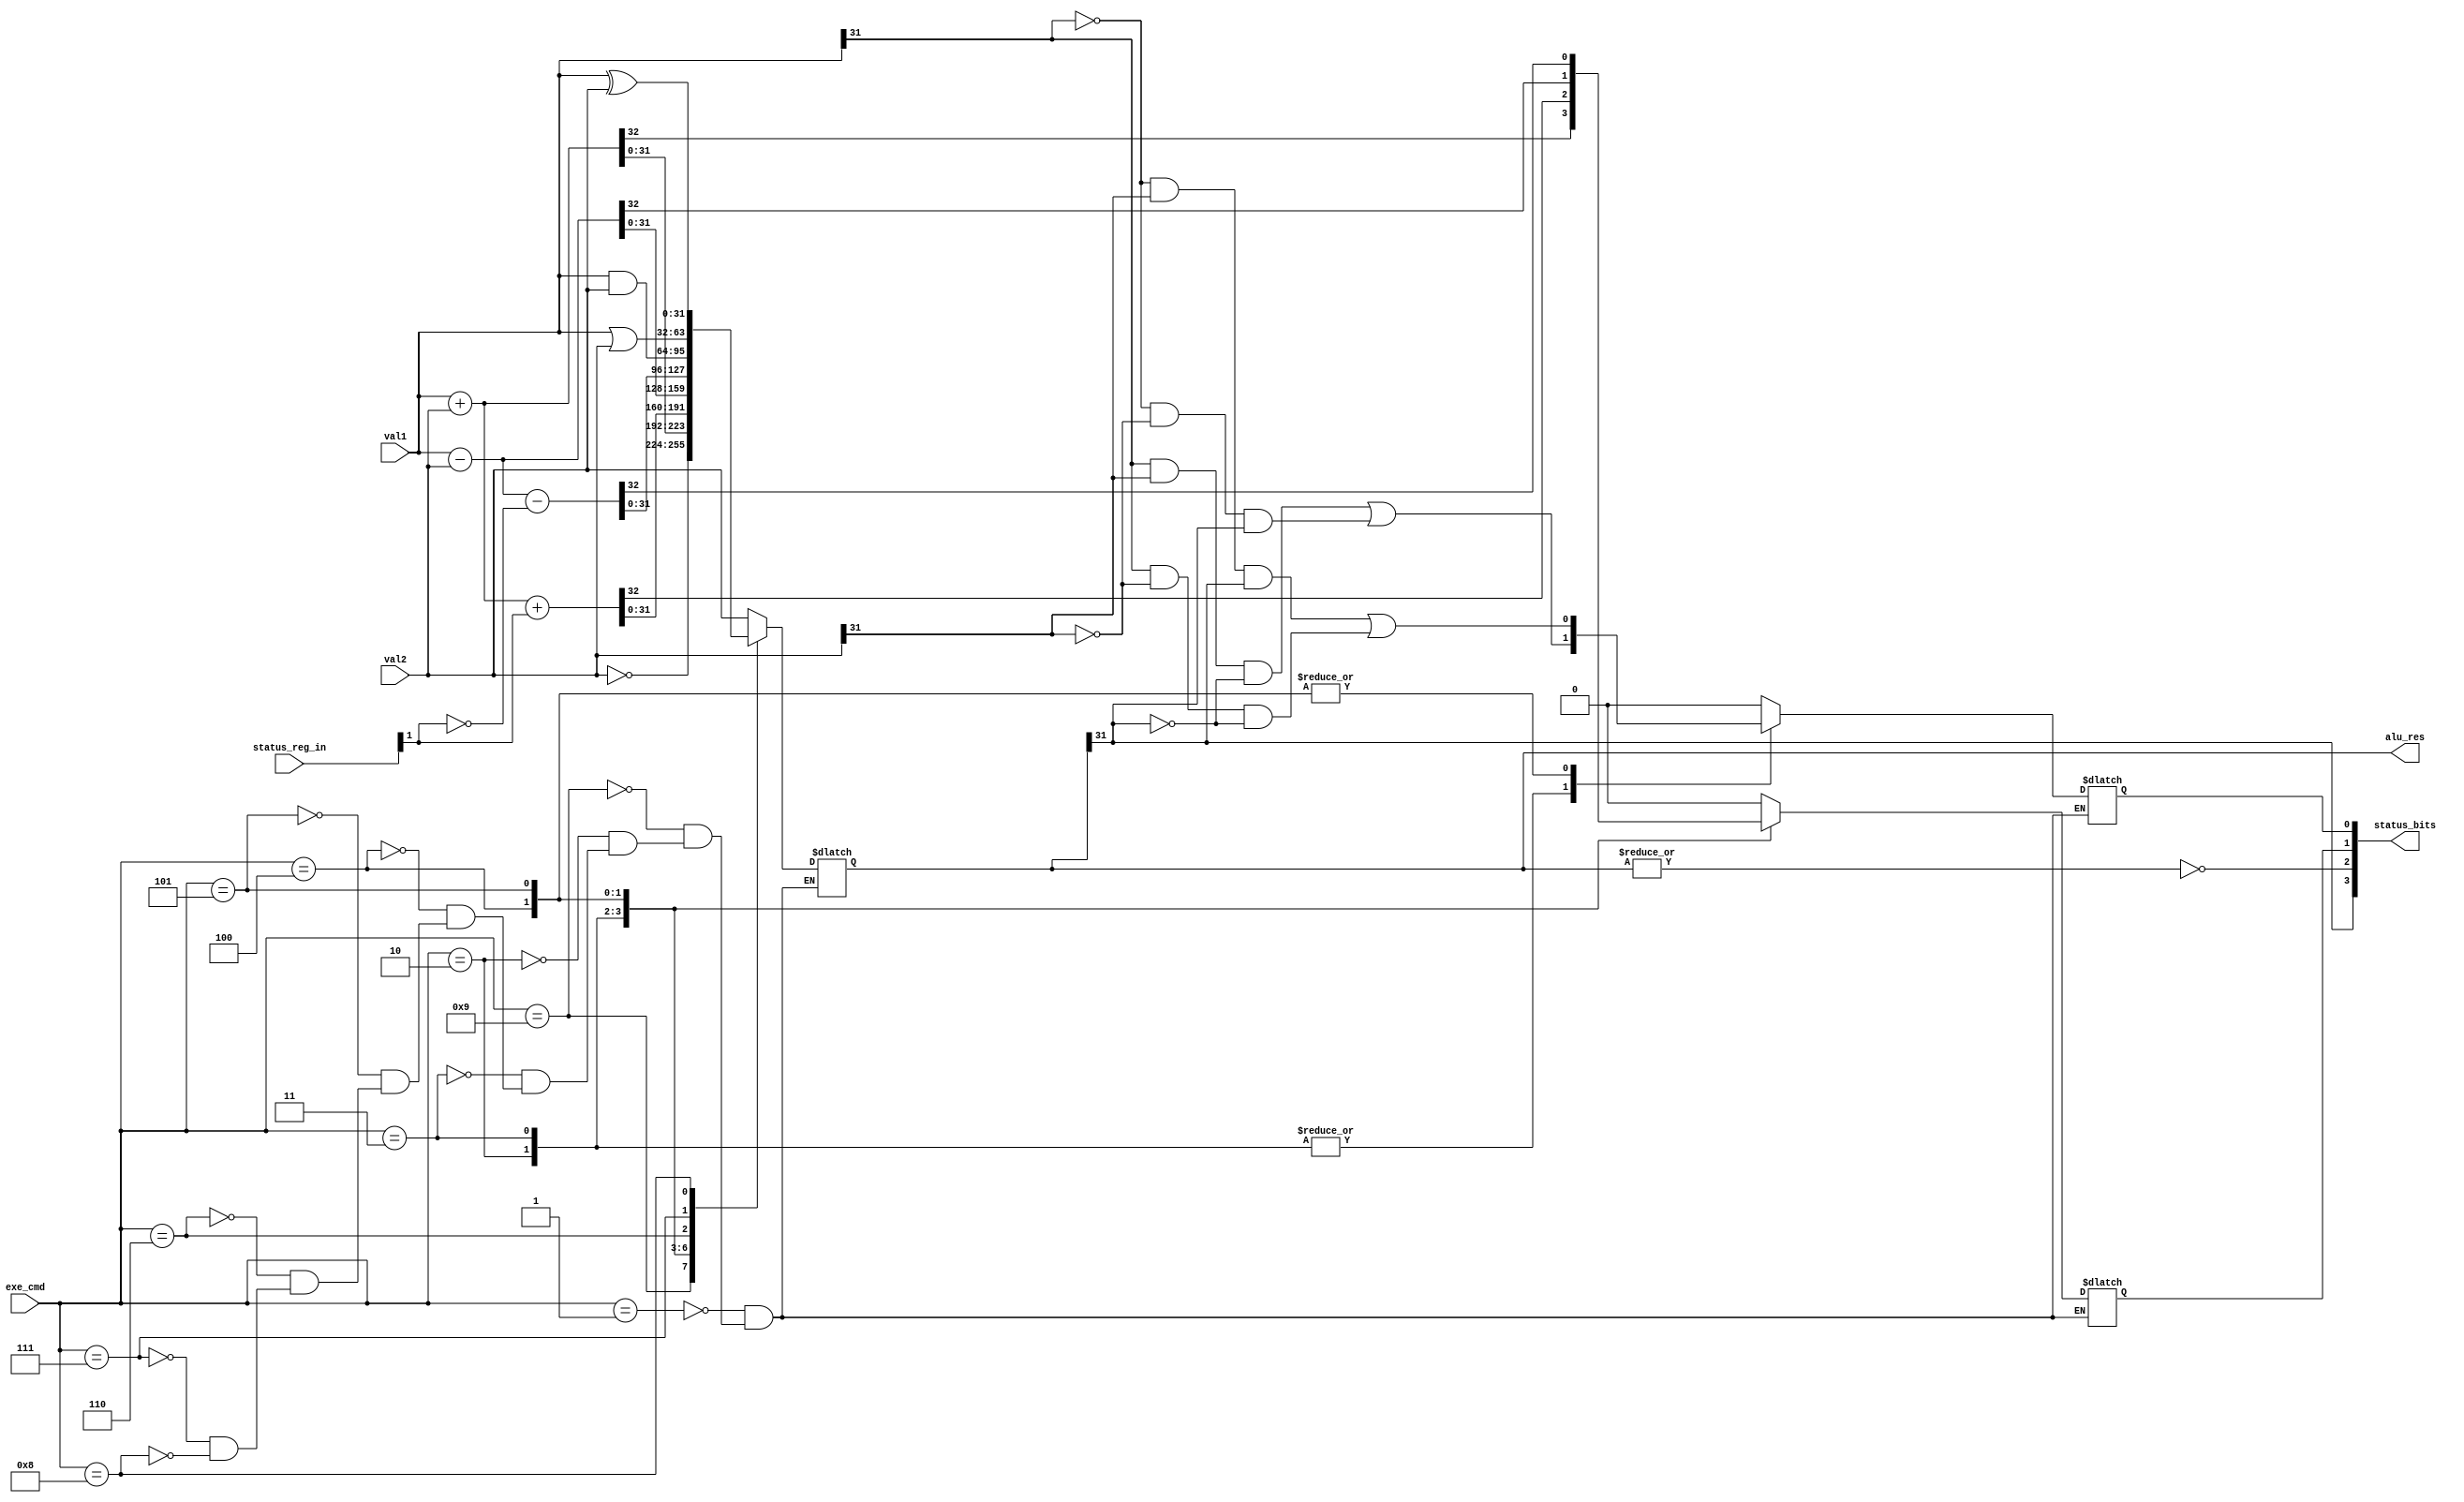
`timescale 1ps/1ps
module ALU(input[31:0]val1,input[31:0]val2,input[3:0]exe_cmd,
		input[3:0]status_reg_in,output[31:0]alu_res,output[3:0]status_bits);
  reg[31:0]alu_output;
  reg c_bit;
  reg v_bit;
  always@(*)
  begin
    case(exe_cmd)
	4'b0001: //MOV
	  begin
	  alu_output<=val2;
	  c_bit<=0;
	  v_bit<=0;
	  end
	4'b1001://MVN
	  begin
	  alu_output<=~val2;
          c_bit<=0;
	  v_bit<=0;
	  end
	4'b0010://ADD
	  begin
	  {c_bit,alu_output}<=val1+val2;
	   v_bit<=(val1[31]&val2[31]& !alu_output[31])||(!val1[31]&!val2[31]&alu_output[31]);
	  end
	4'b0011://ADC
	  begin
	  {c_bit,alu_output}<=val1+val2+status_reg_in[1];
	  v_bit<=(val1[31]&val2[31]& !alu_output[31])||(!val1[31]&!val2[31]&alu_output[31]);
	  end
	4'b0100://SUB
	  begin
	   {c_bit,alu_output}<=val1-val2;
	   v_bit<=(!val1[31]&val2[31]&alu_output[31])||(val1[31]&!val2[31]&!alu_output[31]);					
	  end
	4'b0101://SBC
	  begin
	  {c_bit,alu_output}<=val1-val2-(!status_reg_in[1]);
	  v_bit<=(!val1[31]&val2[31]&alu_output[31])||(val1[31]&!val2[31]&!alu_output[31]);
	  end
	4'b0110://AND
	  begin
	  alu_output<=val1&val2;
	  c_bit<=0;
	  v_bit<=0;
	  end
	4'b0111://OR
	  begin
	  alu_output<=val1|val2;
	  c_bit<=0;
	  v_bit<=0;
	  end
	4'b1000://XOR
	  begin
	  alu_output<=val1^val2;
	  c_bit<=0;
	  v_bit<=0;					
	  end
     endcase
   end
	assign alu_res=alu_output;
	//v bit
	assign status_bits[0]=v_bit;
	//c bit
	assign status_bits[1]=c_bit;
	//z bit
	assign status_bits[2]=~(|(alu_res));
	//n bit
	assign status_bits[3]=alu_res[31];

endmodule